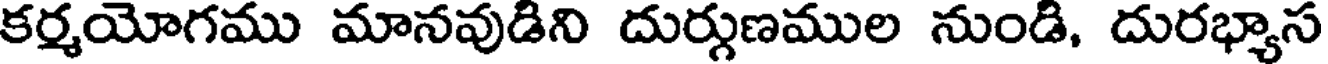
కర్మయోగము మానవుడిని దుర్గుణముల నుండి, దురభ్యాస